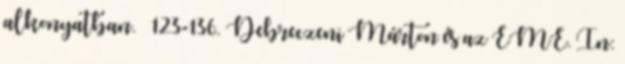
alkonyatban. – 123-136. Debreczeni Márton és az EME. In: